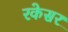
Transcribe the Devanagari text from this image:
रकेसर